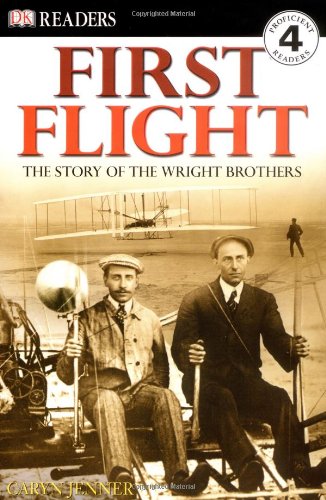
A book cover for First Flight: The Wright Brothers (DK Readers, Level 4); Leslie Garrett; Children's Books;